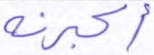
أكبرنه